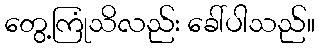
တွေ့ကြုံသိလည်း ခေါ်ပါသည်။